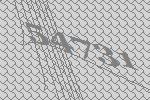
54731